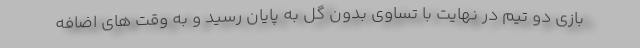
بازی دو تیم در نهایت با تساوی بدون گل به پایان رسید و به وقت های اضافه